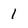
Character: 1